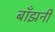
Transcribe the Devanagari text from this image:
बाँझनी